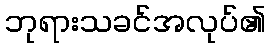
ဘုရားသခင်အလုပ်၏